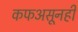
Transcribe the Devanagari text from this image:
कफअसूनही